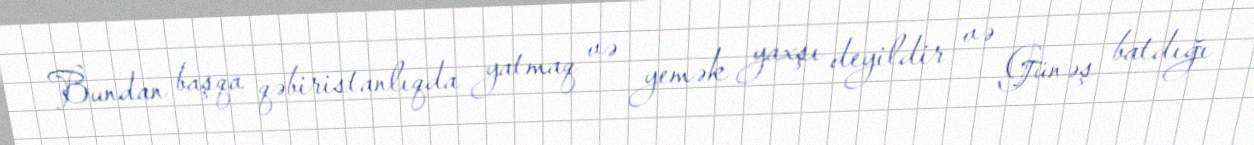
Bundan başqa qəbiristanlıqda yatmaq və yemək yaxşı deyildir və Günəş batdığı